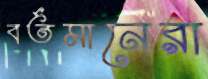
বর্তমানেরা